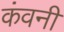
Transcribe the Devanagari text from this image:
कंवनी